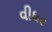
વીધર